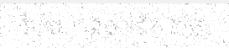
ចំបាំង ៣០០ លើក ចេញ